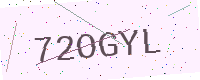
Text: 72OGYL